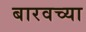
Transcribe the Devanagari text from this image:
बारवच्या